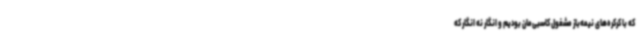
که با کرکره‌های نیمه‌باز مشغول کاسبی‌مان بودیم و انگار نه انگار که